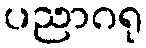
ပညာဂရု